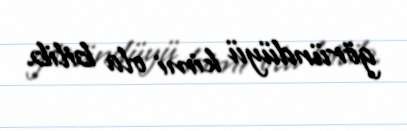
göründüyü kimi ola bilib.